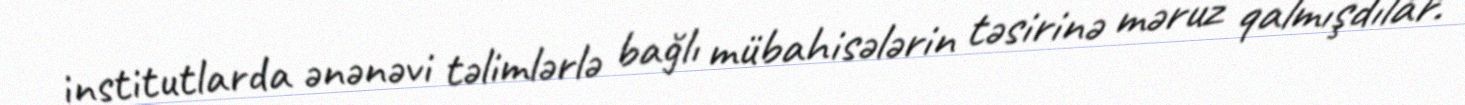
institutlarda ənənəvi təlimlərlə bağlı mübahisələrin təsirinə məruz qalmışdılar.